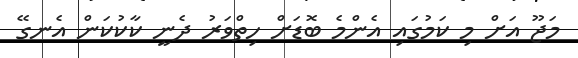
މަޖޫ އަށް މި ކަމުގައި އެންމެ ބޮޑަށް ހިތްވަރު ދެނީ ކާކުކަން އެނގޭ